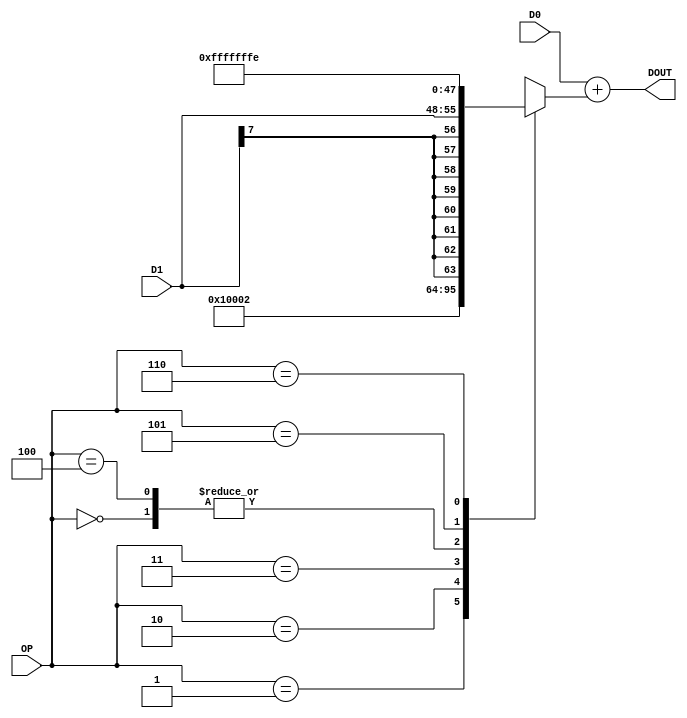
module ALU16_1(
    input [15:0] D0,
    input [7:0] D1,
    output wire[15:0] DOUT,
    input [2:0]OP	
    );
	reg [15:0] mux;
	always @*
		case(OP)
			0: mux = 0;				
			1: mux = 1;				
			2: mux = 2;				
			3: mux = {D1[7], D1[7], D1[7], D1[7], D1[7], D1[7], D1[7], D1[7], D1[7:0]};	
			4: mux = 0;				
			5: mux = 16'hffff;	
			6: mux = 16'hfffe;	
			default: mux = 16'hxxxx;
		endcase
	assign DOUT = D0 + mux;
endmodule